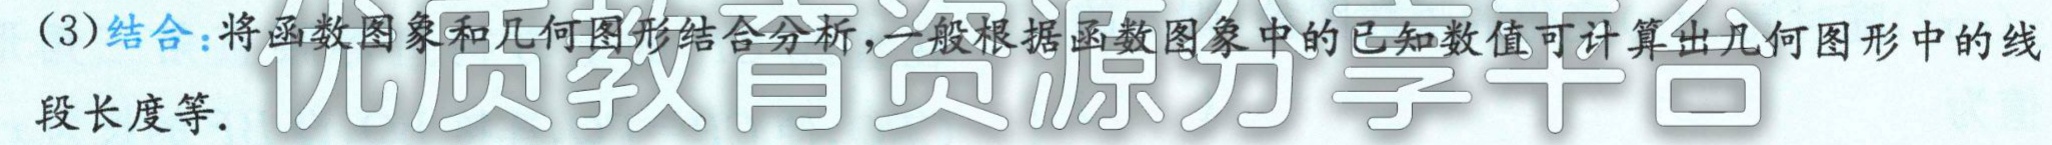
(3)结合：将函数图象和几何图形结合分析，一般根据函数图象中的已知数值可计算出几何图形中的线段长度等.